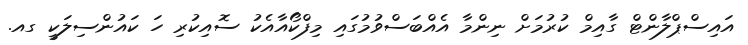
އައިސްޕްލާންޓް ގާއިމް ކުރުމަށް ނިންމާ އެއްބަސްވުމުގައި މިފްކޯއާއެކު ސޮއިކުރި ހަ ކައުންސިލަކީ ގއ.